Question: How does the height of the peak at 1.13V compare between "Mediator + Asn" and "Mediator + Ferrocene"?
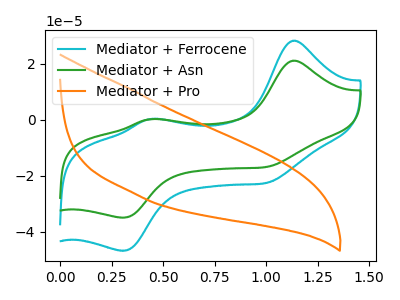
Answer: <think>The cyan curve "Mediator + Ferrocene" has anodic peaks at (1.15V, 28.25uA) (0.45V, 0.25uA) and cathodic peaks at (1.00V, -22.50uA) (0.30V, -46.80uA). The green curve "Mediator + Asn" has anodic peaks at (1.15V, 21.10uA) (0.45V, 0.20uA) and cathodic peaks at (1.00V, -16.80uA) (0.30V, -35.00uA). The orange curve "Mediator + Pro" has no peaks.</think>
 <answer>The peak at 1.13V is lower in "Mediator + Asn" than in "Mediator + Ferrocene".</answer>
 <eval>lower</eval>